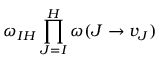
\omega _ { I H } \prod _ { J = I } ^ { H } \omega ( J \to v _ { J } )